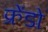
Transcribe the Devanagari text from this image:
फ्रेंडो